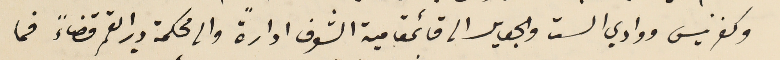
وكفرنيس ووادي الست والجعايل الى قائمقامية الشوف ادارةً والى محكمة دير القمر قضاءً فما